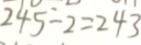
2 4 5 - 2 = 2 4 3